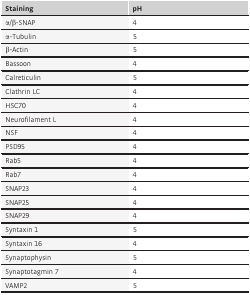
<table><thead><tr><td><b>Staining</b></td><td><b>pH</b></td></tr></thead><tbody><tr><td>α/β‐SNAP</td><td>4</td></tr><tr><td>α‐Tubulin</td><td>5</td></tr><tr><td>β‐Actin</td><td>5</td></tr><tr><td>Bassoon</td><td>4</td></tr><tr><td>Calreticulin</td><td>5</td></tr><tr><td>Clathrin LC</td><td>4</td></tr><tr><td>HSC70</td><td>4</td></tr><tr><td>Neurofilament L</td><td>4</td></tr><tr><td>NSF</td><td>4</td></tr><tr><td>PSD95</td><td>4</td></tr><tr><td>Rab5</td><td>4</td></tr><tr><td>Rab7</td><td>4</td></tr><tr><td>SNAP23</td><td>4</td></tr><tr><td>SNAP25</td><td>4</td></tr><tr><td>SNAP29</td><td>4</td></tr><tr><td>Syntaxin 1</td><td>5</td></tr><tr><td>Syntaxin 16</td><td>4</td></tr><tr><td>Synaptophysin</td><td>5</td></tr><tr><td>Synaptotagmin 7</td><td>4</td></tr><tr><td>VAMP2</td><td>5</td></tr></tbody></table>